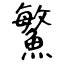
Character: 鰵